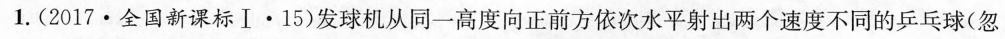
1.(2017·全国新课标Ⅰ·15)发球机从同一高度向正前方依次水平射出两个速度不同的乒乓球(忽